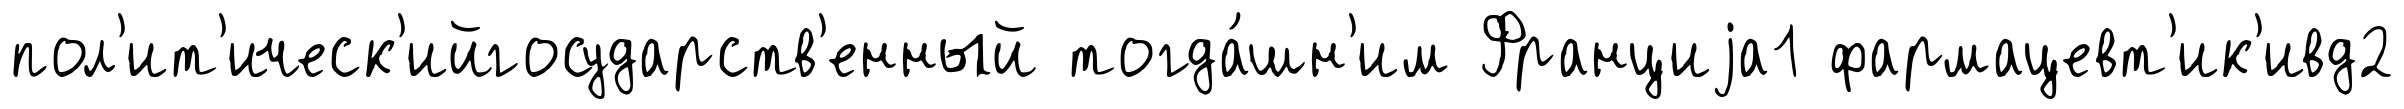
пол'ит'ическ'ийгосударств'енный тогда́шн'им Франциjа1 фармацевт'ик'ивд2